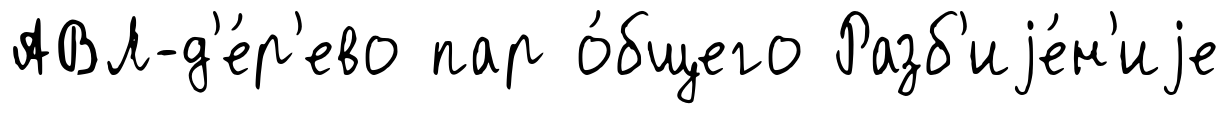
АВЛ-д'е́р'ево пар о́бщего Разб'иjе́н'иjе